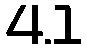
4.1